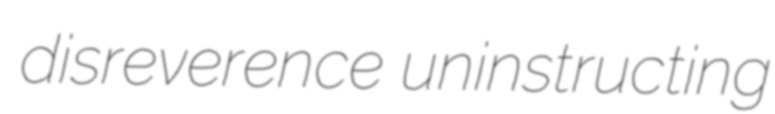
disreverence uninstructing